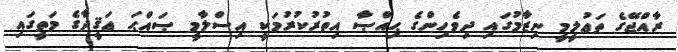
ރާއްޖޭގެ ތަޢުލީމީ ނިޒާމުގައި ދިވެހިންގެ ޙިއްޞާ އިތުރުކުރުމަކީ އިސްލާމީ ޞައްޙަ ޢަޤީދާގެ މަތީގައި